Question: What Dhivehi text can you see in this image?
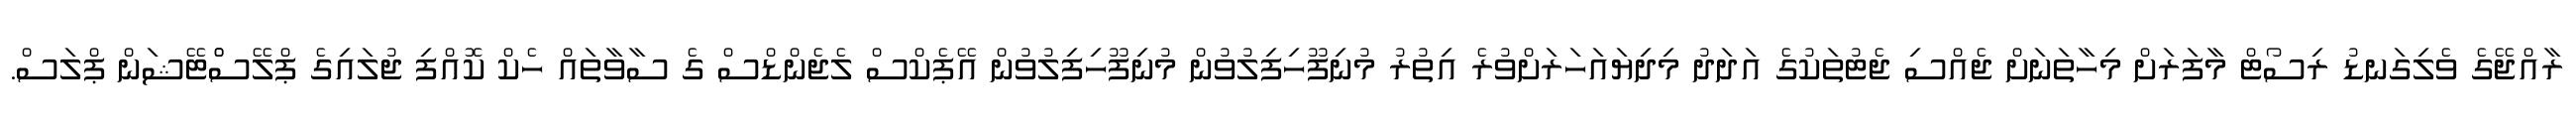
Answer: ރާއްޖޭގެ ވެލިގަނޑު ރިސޯޓް މާފަރަށް މިހާތަނަށް ޖެއްސި ޖެޓުތަކުގެ އަދަދު މިދިޔައަހަރަށްވުރެ އިތުރު މުނިފޫހިފިލުވުން މުނިފޫހިފިލުވުން އޭޕެކްސް ލެޖެންޑްސް ގެ ސާވާތައް ހެކް ކޮއްފި ޖުލައިގެ ޕްލޭސްްޓޭޝަން ޕްލަސް.